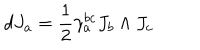
d J _ { a } = { \frac { 1 } { 2 } } \gamma _ { a } ^ { b c } J _ { b } \wedge J _ { c }